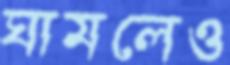
ঘামলেও